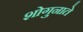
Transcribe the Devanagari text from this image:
शोगुनाते